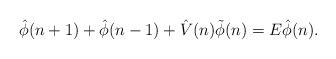
LaTeX: \begin{align*}\hat{\phi}(n+1)+\hat{\phi}(n-1)+ \hat{V}(n)\tilde{\phi}(n)=E\hat{\phi}(n). \end{align*}